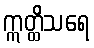
ဣတ္ထိသရေ